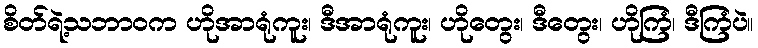
စိတ်ရဲ့သဘာဝက ဟိုအာရုံကူး၊ ဒီအာရုံကူး၊ ဟိုတွေး၊ ဒီတွေး၊ ဟိုကြံ၊ ဒီကြံပဲ။